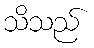
သိသည်